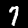
Digit: 7